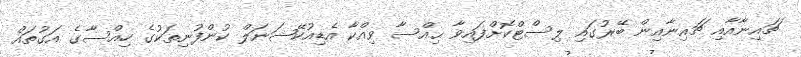
ޗައިނާއާއި ޗައިނާއިން ބޭރުގައި ލިސްޓްކޮށްފައިވާ ޙިއްސާ ވިއްކާ އެޑިއުކޭޝަނަލް ކުންފުނިތަކުގެ ހިއްސާގެ އަގުތައް